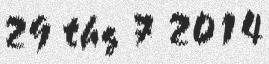
29 thg 7 2014